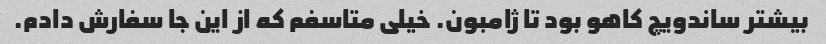
بیشتر ساندویچ کاهو بود تا ژامبون. خیلی متاسفم که از این جا سفارش دادم.